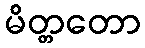
မိတ္တတော